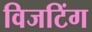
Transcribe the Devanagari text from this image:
विजटिंग